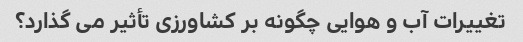
تغییرات آب و هوایی چگونه بر کشاورزی تأثیر می گذارد؟